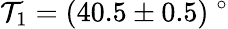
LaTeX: \mathcal{T}_{1}=(40.5\pm0.5)\ ^{\circ}